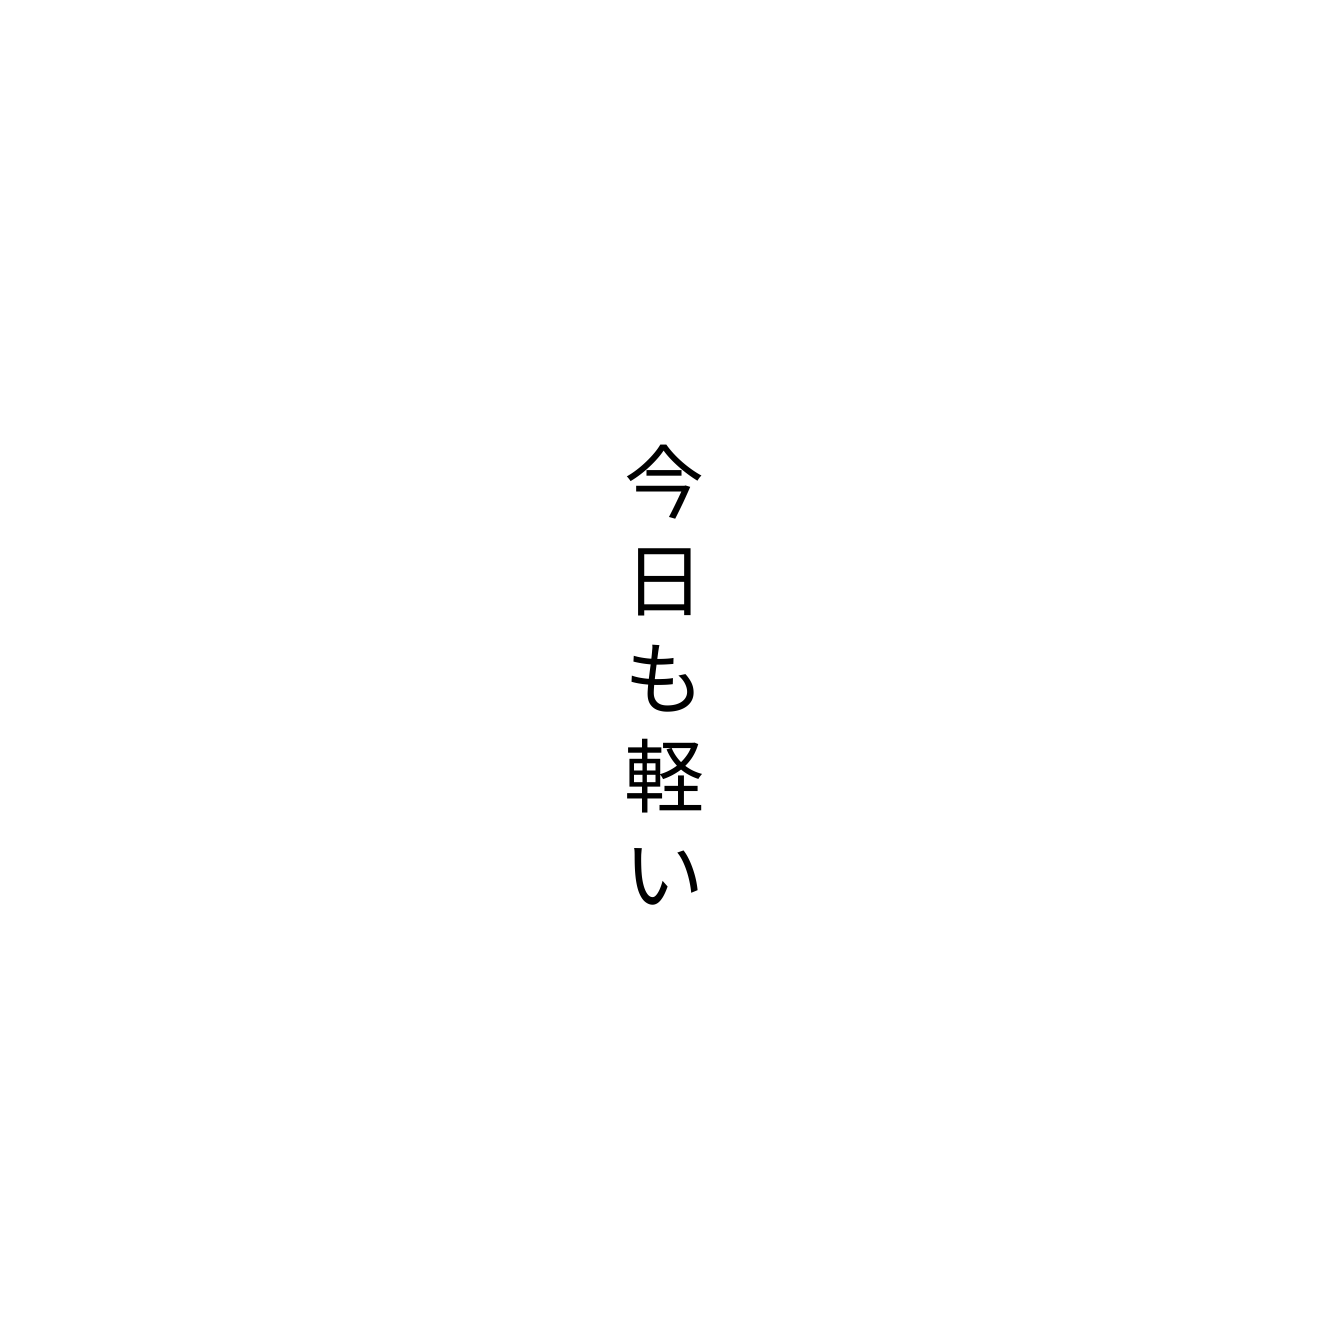
今日も軽い